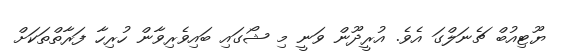
ޔޫޓިއުބް ޗެނަލްގަ އެވެ. އުރީދޫން ވަނީ މި ޝޯގައި ބައިވެރިވާން ހުރިހާ ފަރާތްތަކަށް